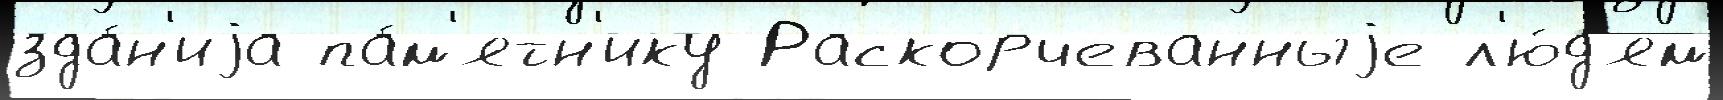
зда́н'иjа па́м'ятн'ику Раскорчеванныjе л'ю́д'ям